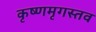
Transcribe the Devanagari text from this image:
कृष्णमृगस्तव